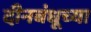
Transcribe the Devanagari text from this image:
दीनबंधूच्या